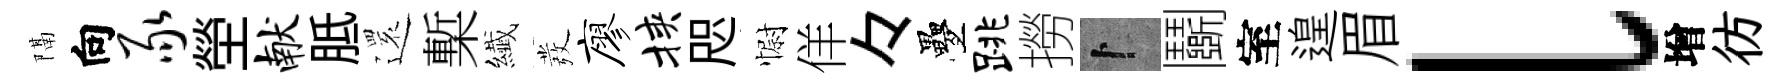
隔向豕塋献胝𮟃槧纎發廖挟咫𢠢佯々疊跳撈卜鬬室遑眉l增彷